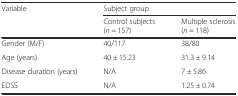
<table><thead><tr><td rowspan="2"><b>Variable</b></td><td colspan="2"><b>Subject group</b></td></tr><tr><td><b>Control subjects (<i>n</i> = 157)</b></td><td><b>Multiple sclerosis (<i>n</i> = 118)</b></td></tr></thead><tbody><tr><td>Gender (M/F)</td><td>40/117</td><td>38/80</td></tr><tr><td>Age (years)</td><td>40 ± 15.23</td><td>31.3 ± 9.14</td></tr><tr><td>Disease duration (years)</td><td>N/A</td><td>7 ± 5.86</td></tr><tr><td>EDSS</td><td>N/A</td><td>1.25 ± 0.74</td></tr></tbody></table>